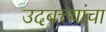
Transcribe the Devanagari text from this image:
उदबत्त्यांचा